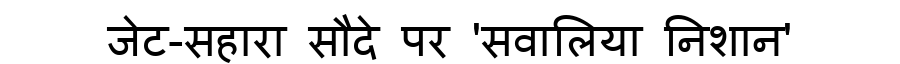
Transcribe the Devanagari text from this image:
जेट-सहारा सौदे पर 'सवालिया निशान'